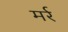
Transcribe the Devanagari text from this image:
मर्र